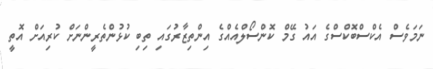
ނަމަވެސް އެކްސްބޮކްސްގެ އައު ގޭމް ކޮންސޯލްއެއްގެ އިންތިޒާރުގައި ތިބި ކުޅުންތެރީންނަށް ކުރިއަށް އޮތީ